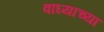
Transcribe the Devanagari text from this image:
वाघ्याच्या